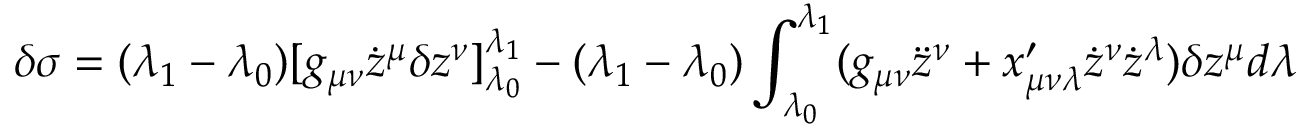
\delta \sigma = ( \lambda _ { 1 } - \lambda _ { 0 } ) [ g _ { \mu \nu } \dot { z } ^ { \mu } \delta z ^ { \nu } ] _ { \lambda _ { 0 } } ^ { \lambda _ { 1 } } - ( \lambda _ { 1 } - \lambda _ { 0 } ) \int _ { \lambda _ { 0 } } ^ { \lambda _ { 1 } } ( g _ { \mu \nu } \ddot { z } ^ { \nu } + x _ { \mu \nu \lambda } ^ { \prime } \dot { z } ^ { \nu } \dot { z } ^ { \lambda } ) \delta z ^ { \mu } d \lambda